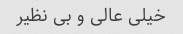
خیلی عالی و بی نظیر